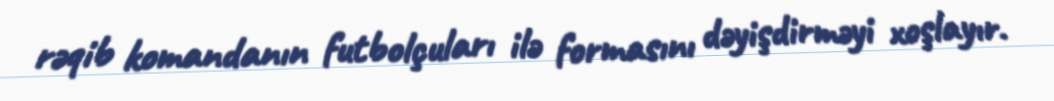
rəqib komandanın futbolçuları ilə formasını dəyişdirməyi xoşlayır.